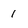
Character: 1